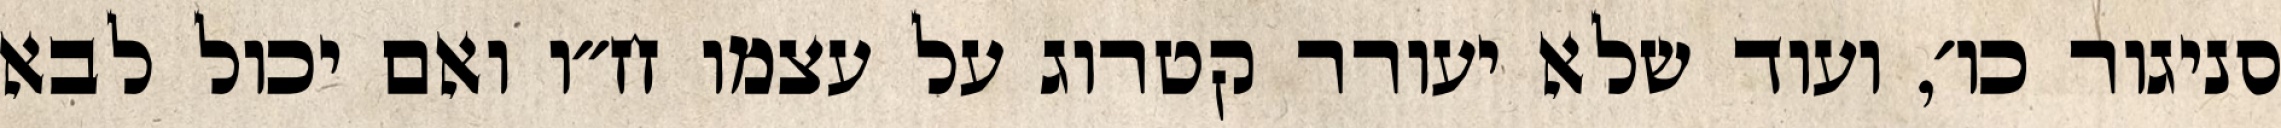
סניגור כו׳, ועוד שלא יעורר קטרוג על עצמו ח״ו ואם יכול לבא